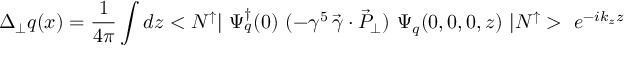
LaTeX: \Delta _ { \perp } q ( x ) = { \frac { 1 } { 4 \pi } } \int d z < N ^ { \uparrow } | \ \Psi _ { q } ^ { \dagger } ( 0 ) \ ( - \gamma ^ { 5 } \, \vec { \gamma } \cdot \vec { P } _ { \perp } ) \ \Psi _ { q } ( 0 , 0 , 0 , z ) \ | N ^ { \uparrow } > \ e ^ { - i k _ { z } z }